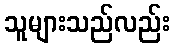
သူများသည်လည်း